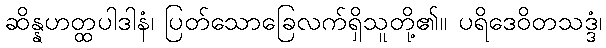
ဆိန္နဟတ္ထပါဒါနံ၊ ပြတ်သောခြေလက်ရှိသူတို့၏။ ပရိဒေဝိတသဒ္ဒံ၊